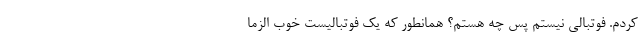
کردم. فوتبالی نیستم پس چه هستم؟ همانطور که یک فوتبالیست خوب الزما